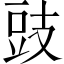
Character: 豉